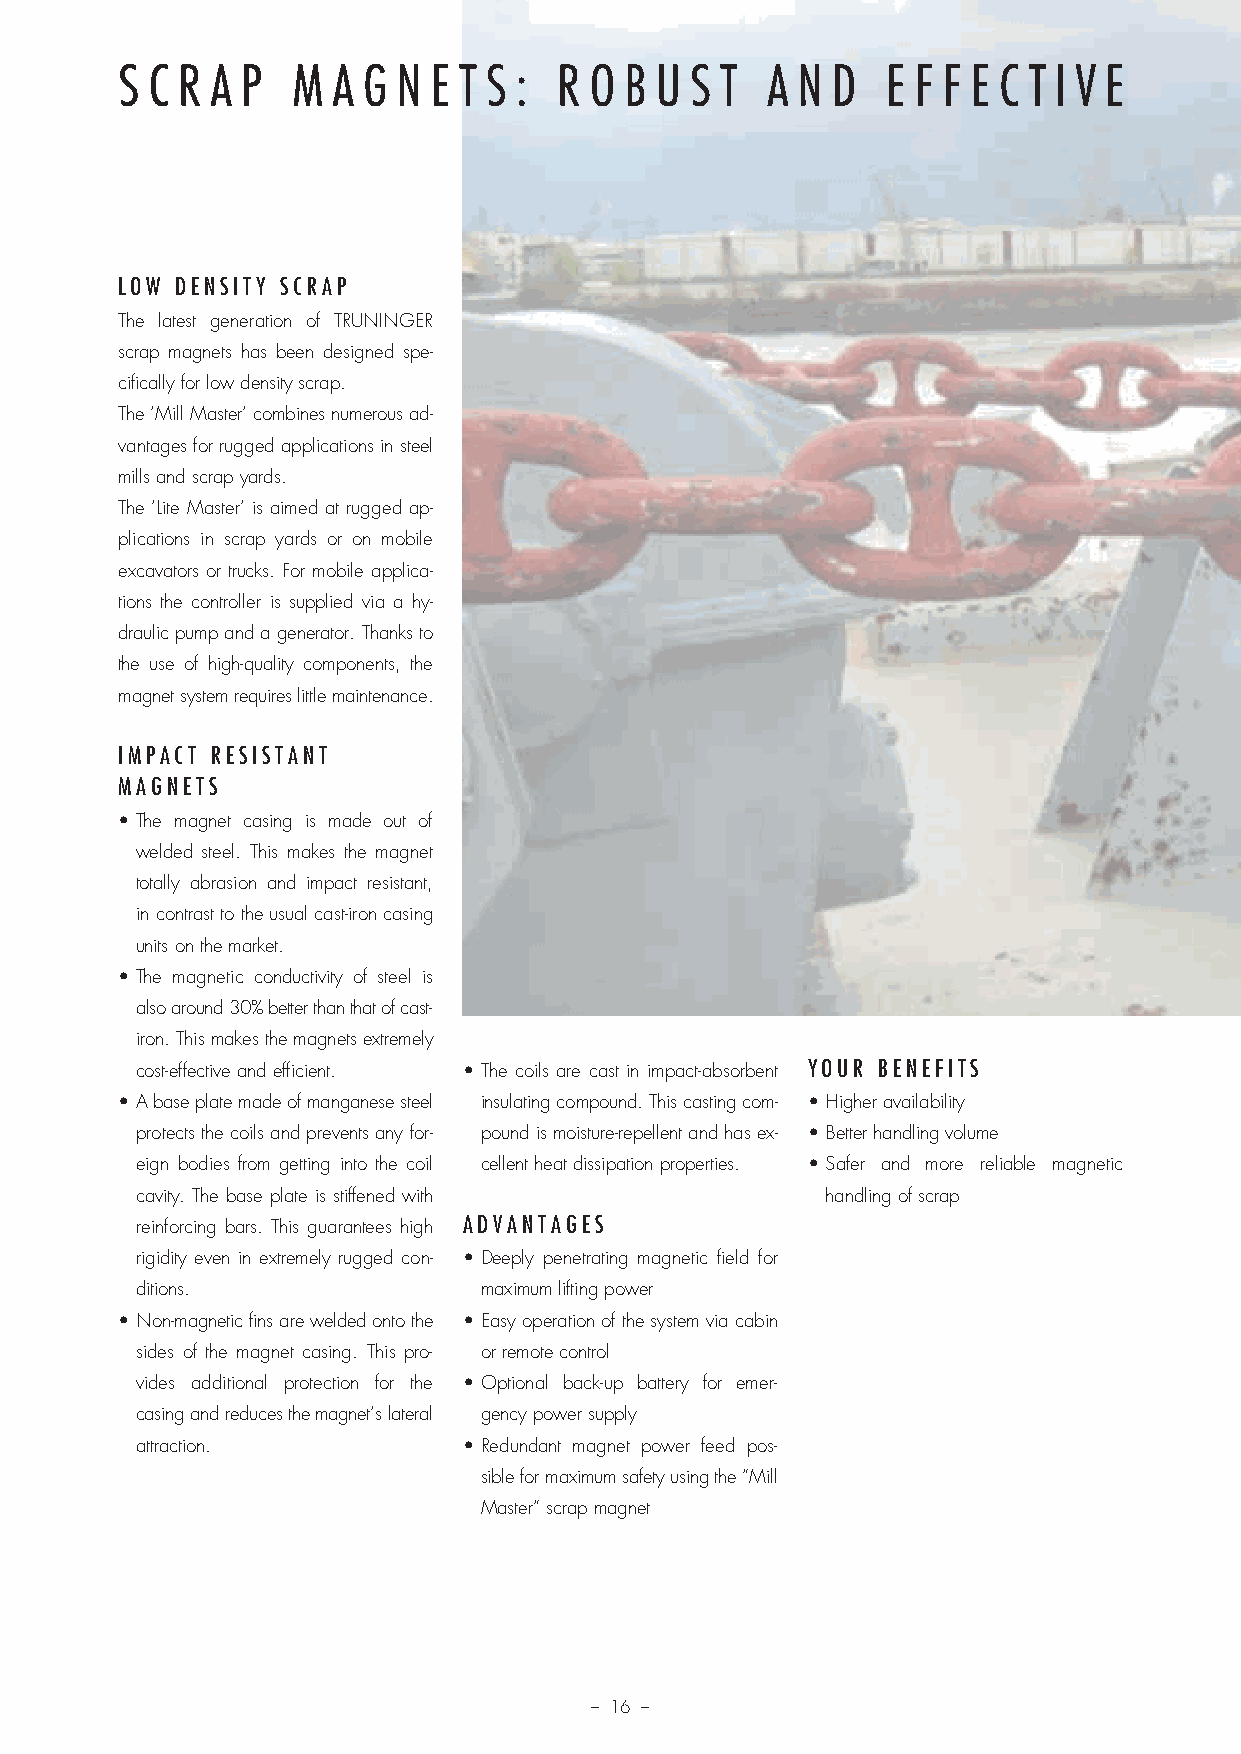
S C R A P  M  A G N E T S :  R O B U  S T  A N D   E F F E C T I V E
 LOW DENSITY SCRAP
 The latest generation of TRUNINGER
 scrap magnets has been designed spe-
 cifically for low density scrap.
 The ‘Mill Master’ combines numerous ad-
 vantages for rugged applications in steel
 mills and scrap yards.
 The ‘Lite Master’ is aimed at rugged ap-
 plications in scrap yards or on mobile
 excavators or trucks. For mobile applica-
 tions the controller is supplied via a hy-
 draulic pump and a generator. Thanks to
 the use of high-quality components, the
 magnet system requires little maintenance.
 IMPACT RESISTANT
 MAGNETS
 • The magnet casing is made out of
 welded steel. This makes the magnet
 totally abrasion and impact resistant,
 in contrast to the usual cast-iron casing
 units on the market.
 • The magnetic conductivity of steel is
 also around 30% better than that of cast-
 iron. This makes the magnets extremely
 cost-effective and efficient. • T he coils are cast in impact-absorbent YOUR BENEFITS
 • A base plate made of manganese steel insulating compound. This casting com- • Higher availability
 protects the coils and prevents any for- pound is moisture-repellent and has ex- • Better handling volume
 eign bodies from getting into the coil cellent heat dissipation properties. • Safer and more reliable magnetic
 cavity. The base plate is stiffened with      handling of scrap
 reinforcing bars. This guarantees high ADVANTAGES
 rigidity even in extremely rugged con- • Deeply penetrating magnetic field for
 ditions.               maximum lifting power
 • Non-magnetic fins are welded onto the • Easy operation of the system via cabin
 sides of the magnet casing. This pro- or remote control
 vides additional protection for the • Optional back-up battery for emer-
 casing and reduces the magnet’s lateral gency power supply
 attraction.           • Redundant magnet power feed pos-
 sible for maximum safety using the “Mill
 Master“ scrap magnet
 – 16 –
 Prosp Magnethebetech_v11.indd 16                                       08.12.11 13:57